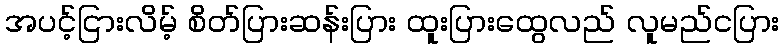
အပင့်ငြားလိမ့် စိတ်ပြားဆန်းပြား ထူးပြားထွေလည် လူမည်ငပြား